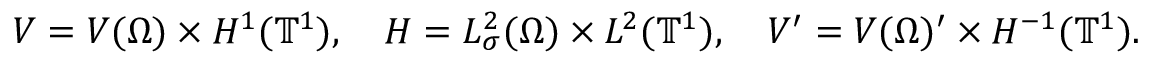
V = V ( \Omega ) \times H ^ { 1 } ( \ensuremath { \mathbb { T } } ^ { 1 } ) , \quad H = L _ { \sigma } ^ { 2 } ( \Omega ) \times L ^ { 2 } ( \ensuremath { \mathbb { T } } ^ { 1 } ) , \quad V ^ { \prime } = V ( \Omega ) ^ { \prime } \times H ^ { - 1 } ( \ensuremath { \mathbb { T } } ^ { 1 } ) .